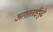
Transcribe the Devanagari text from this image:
आशाताईंपुढे